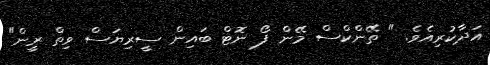
އަދާކުރިއެވެ. " ތޭންކްސް މޭން ފޯ ނޮޓް ބައިން ސީރިޔަސް ވިތް ރީން"